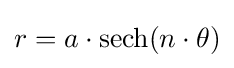
r=a\cdot \operatorname {sech} (n\cdot \theta )